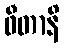
ဖီတာနိ